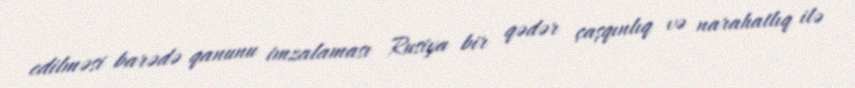
edilməsi barədə qanunu imzalaması Rusiya bir qədər çaşqınlıq və narahatlıq ilə